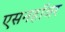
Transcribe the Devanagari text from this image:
एसनहॉवर